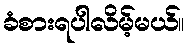
ခံစားရပါလိမ့်မယ်။